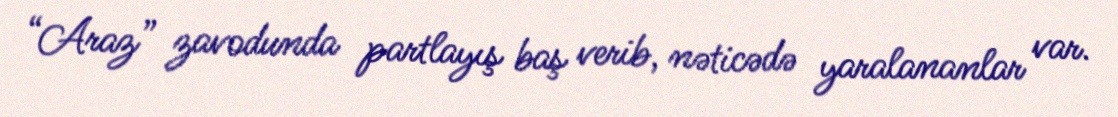
“Araz” zavodunda partlayış baş verib, nəticədə yaralananlar var.